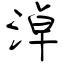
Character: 淖